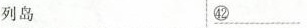
列岛 \underline{㊷}